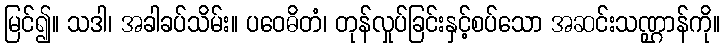
မြင်၍။ သဒါ၊ အခါခပ်သိမ်း။ ပဝေဓိတံ၊ တုန်လှုပ်ခြင်းနှင့်စပ်သော အဆင်းသဏ္ဌာန်ကို။